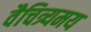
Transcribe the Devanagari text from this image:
वैचित्र्यमय